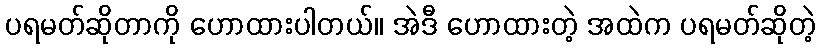
ပရမတ်ဆိုတာကို ဟောထားပါတယ်။ အဲဒီ ဟောထားတဲ့ အထဲက ပရမတ်ဆိုတဲ့